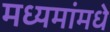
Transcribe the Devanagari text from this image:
मध्यमांमधे